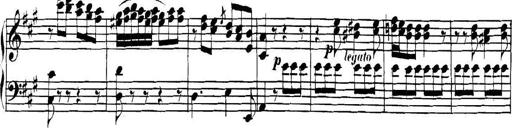
Title: Collected Piano Sonatas
Composer: Muzio Clementi